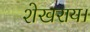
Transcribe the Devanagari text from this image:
शेखराय।